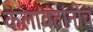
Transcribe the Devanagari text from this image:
कलावंतांनीच